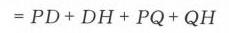
\(= PD + DH+PQ + QH\)